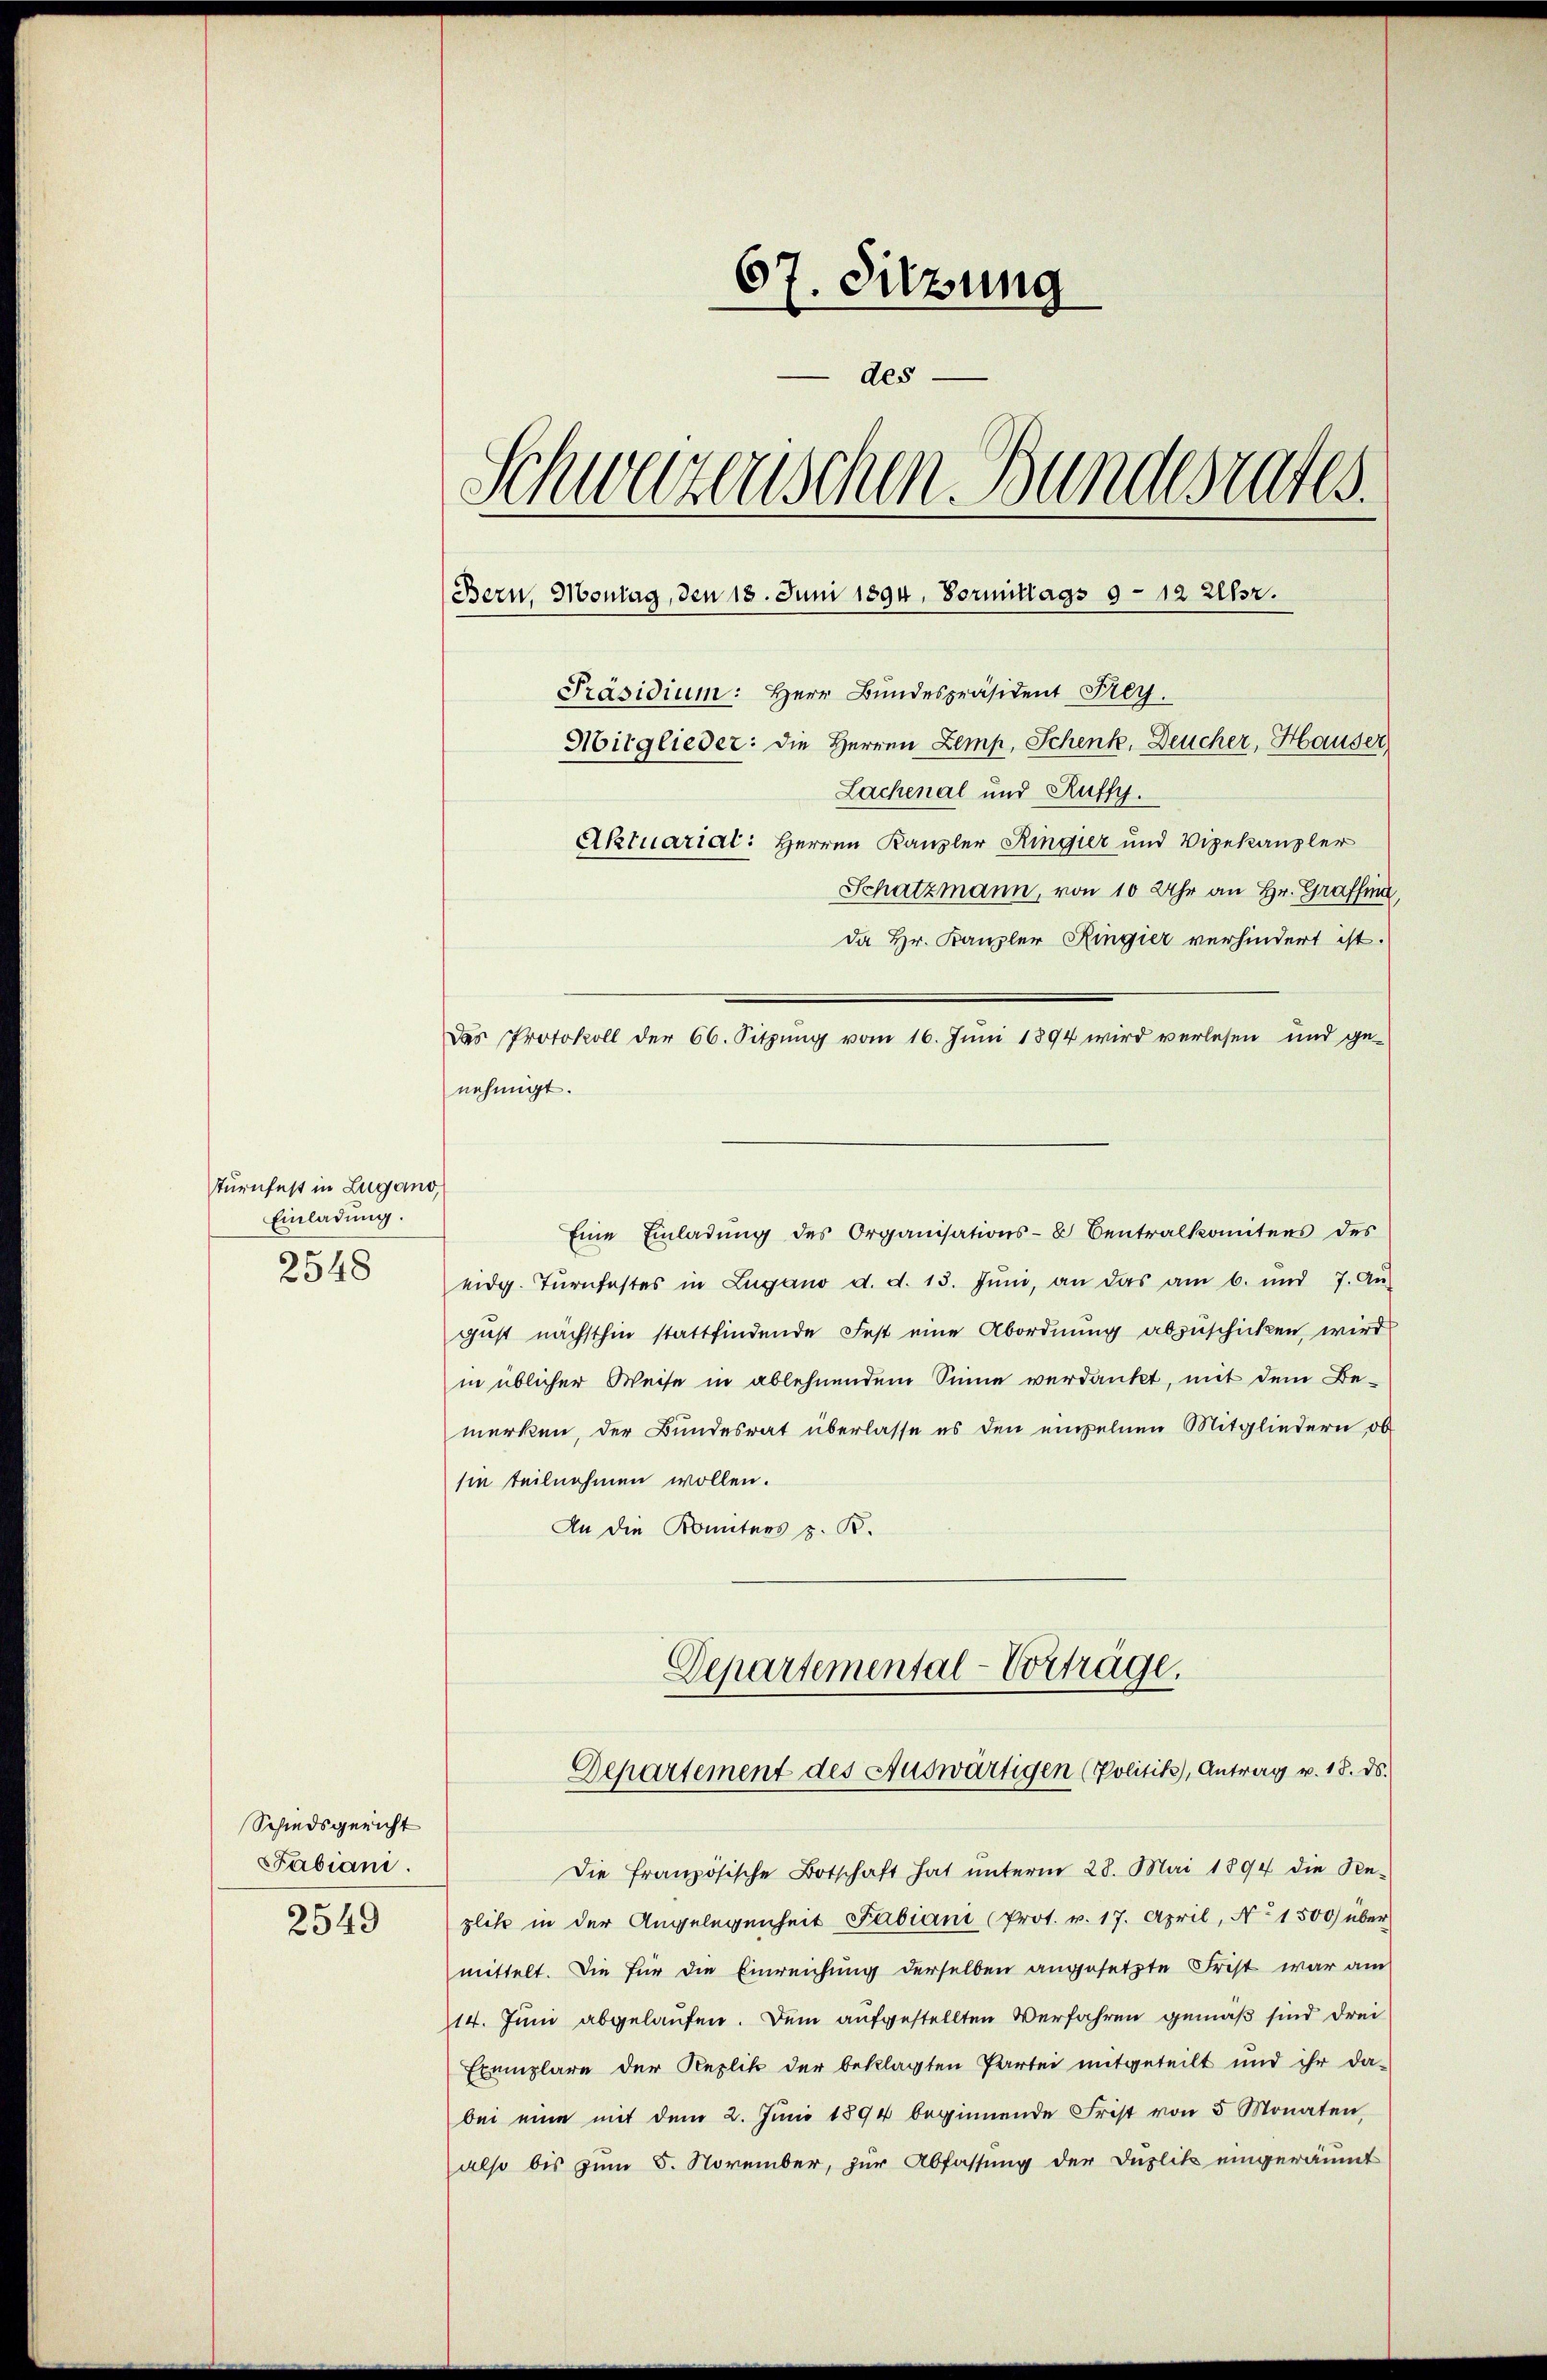
turnfest in Lugano,
Einladung.
2548

Schiedsgericht
Fabiani.
2549

67. Sitzung
des
Schweizerischen Bundesrates
(Bern, Montag, den 18. Juni 1894. Vormittags 9 - 12 Uhr.
Präsidium: Herr Bundespräsident Frey.
Mitglieder: die Herren Lemp, Schenk, Deucher, Hauser,
Lachenal und Ruffy.
Aktuarial: Herren Kanzler Ringier und Vizekanzler

nehmigt.
Eine Einladŭng des Organisations-8 Centralkomitens des
eidg. Turnfestes in Lugano d. d. 13. Jŭni, an das am 6. und 7. Aŭ
gust nächsthin stattfindende Fest eine Abordnung abzuschicken, wird
in üblicher Weise in ablehnendem Sinne verdankt, mit dem Bemerken, der Bundesrat überlasse es den einzelnen Mitgliedern ob
sie teilnehmen wollen.
An die Komitees z. B.
Departemental-Vorträge.

Schatzmann, von 10 Uhr an Hr. Graffina
da Hr. Kanzler Ringier verhindert ist.
Das Protokoll der 66. Sitzŭng vom 16. Juni 1894 wird verlesen und ge-

Departement des Auswärtigen (Politik), Antrag v. 18. ds.

Die französische Botschaft hat unterm 28. Mai 1894 die Re-
plik in der Angelegenheit Fabiani (Prot. v. 17. April, No. 1500 über
mittelt. Die für die Einreichung derselben angesetzte Frist war am
114. Juni abgelaufen. Dem aufgestellten Verfahren gemäß sind drei
Exemplare der Replik der beklagten Partei mitgeteilt und ihr da-
bei eine mit dem 2. Jŭni 1894 beginnende Frist von 5 Monaten,
also bis zum 5. November, zur Abfassung der Duplik eingeräumt